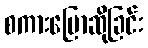
စကားပြောဆိုခြင်း